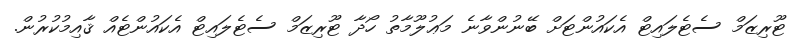
ޓޫރިޒަމް ސެޓެލައިޓް އެކައުންޓަށް ބޭނުންވާނެ މަޢުލޫމާތު ހޯދާ ޓޫރިޒަމް ސެޓެލައިޓް އެކައުންޓެއް ޤާއިމުކުރުން.